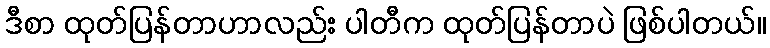
ဒီစာ ထုတ်ပြန်တာဟာလည်း ပါတီက ထုတ်ပြန်တာပဲ ဖြစ်ပါတယ်။